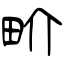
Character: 畍